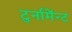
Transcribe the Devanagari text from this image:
टुर्नामेंन्ट